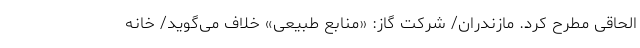
الحاقی مطرح کرد. مازندران/ شرکت گاز: «منابع طبیعی» خلاف می‌گوید/ خانه